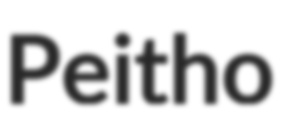
Peitho